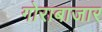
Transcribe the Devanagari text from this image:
गोराबाजार